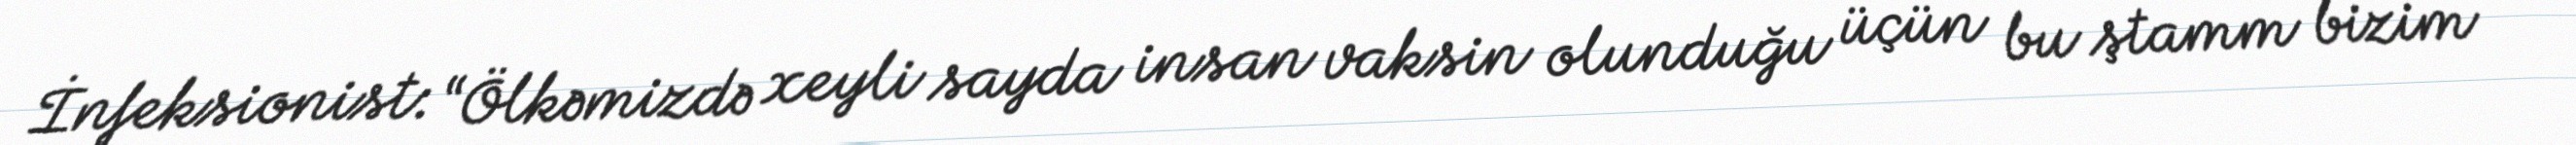
İnfeksionist: “Ölkəmizdə xeyli sayda insan vaksin olunduğu üçün bu ştamm bizim